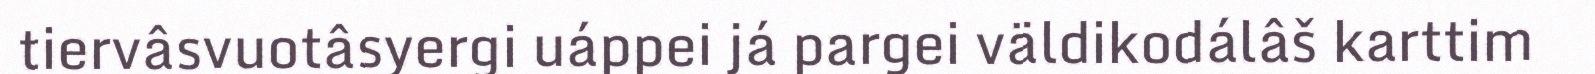
tiervâsvuotâsyergi uáppei já pargei väldikodálâš karttim